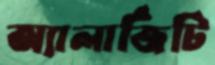
অ্যালার্জিটি